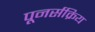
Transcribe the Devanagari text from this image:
पूनर्सक्रिय